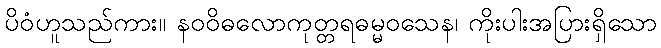
ပိဝံဟူသည်ကား။ နဝဝိဓလောကုတ္တရဓမ္မဝသေန၊ ကိုးပါးအပြားရှိသော